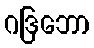
ဂဒြဘော